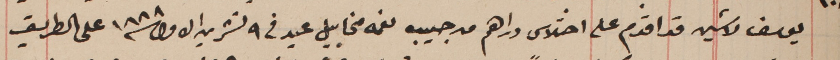
يوسف لاشين قد اقدم على اختلاس دراهم من جيب نعمه مخاييل عيد فى ٩ تشرين الاول سنة ١٨٨٨ على الطريق